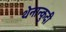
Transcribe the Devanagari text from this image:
थेनान्कुदी